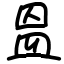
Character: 𥁕